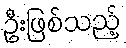
ဦးဖြစ်သည့်